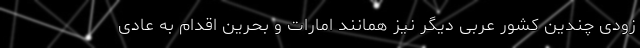
زودی چندین کشور عربی دیگر نیز همانند امارات و بحرین اقدام به عادی